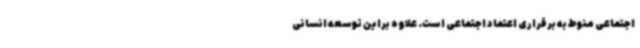
اجتماعی منوط به برقراری اعتماد اجتماعی است. علاوه براین توسعه انسانی